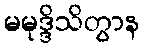
မမုဒ္ဒိသိတွာန